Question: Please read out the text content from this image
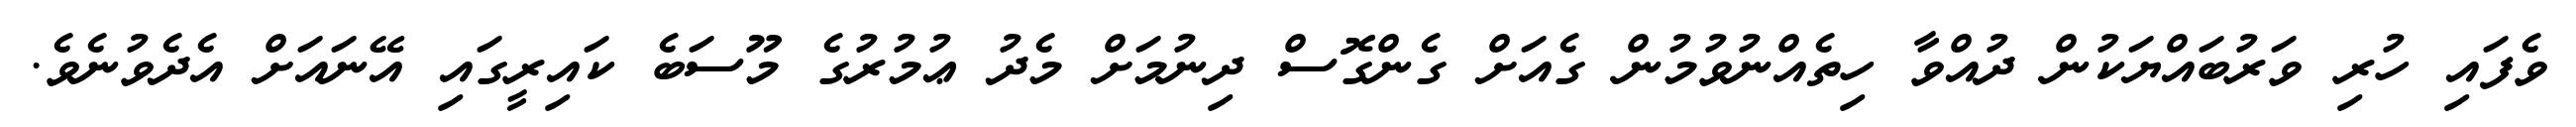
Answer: ވެފައި ހުރި ވަރުބައްޔަކުން ދުއްވާ ހިތެއްނުވުމުން ގެއަށް ގެންގޮސް ދިނުމަށް މެދު ޢުމުރުގެ މޫސަބެ ކައިރީގައި އޭނައަށް އެދެވުނެވެ.